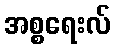
အစ္စရေးလ်